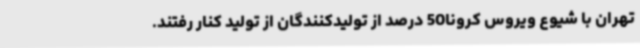
تهران با شیوع ویروس کرونا50 درصد از تولیدکنندگان از تولید کنار رفتند.